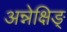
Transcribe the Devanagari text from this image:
अन्नेक्षिङ्